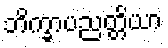
ဘိက္ခာပညတ္တိယာ